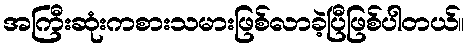
အကြီးဆုံးကစားသမားဖြစ်လာခဲ့ပြီဖြစ်ပါတယ်။